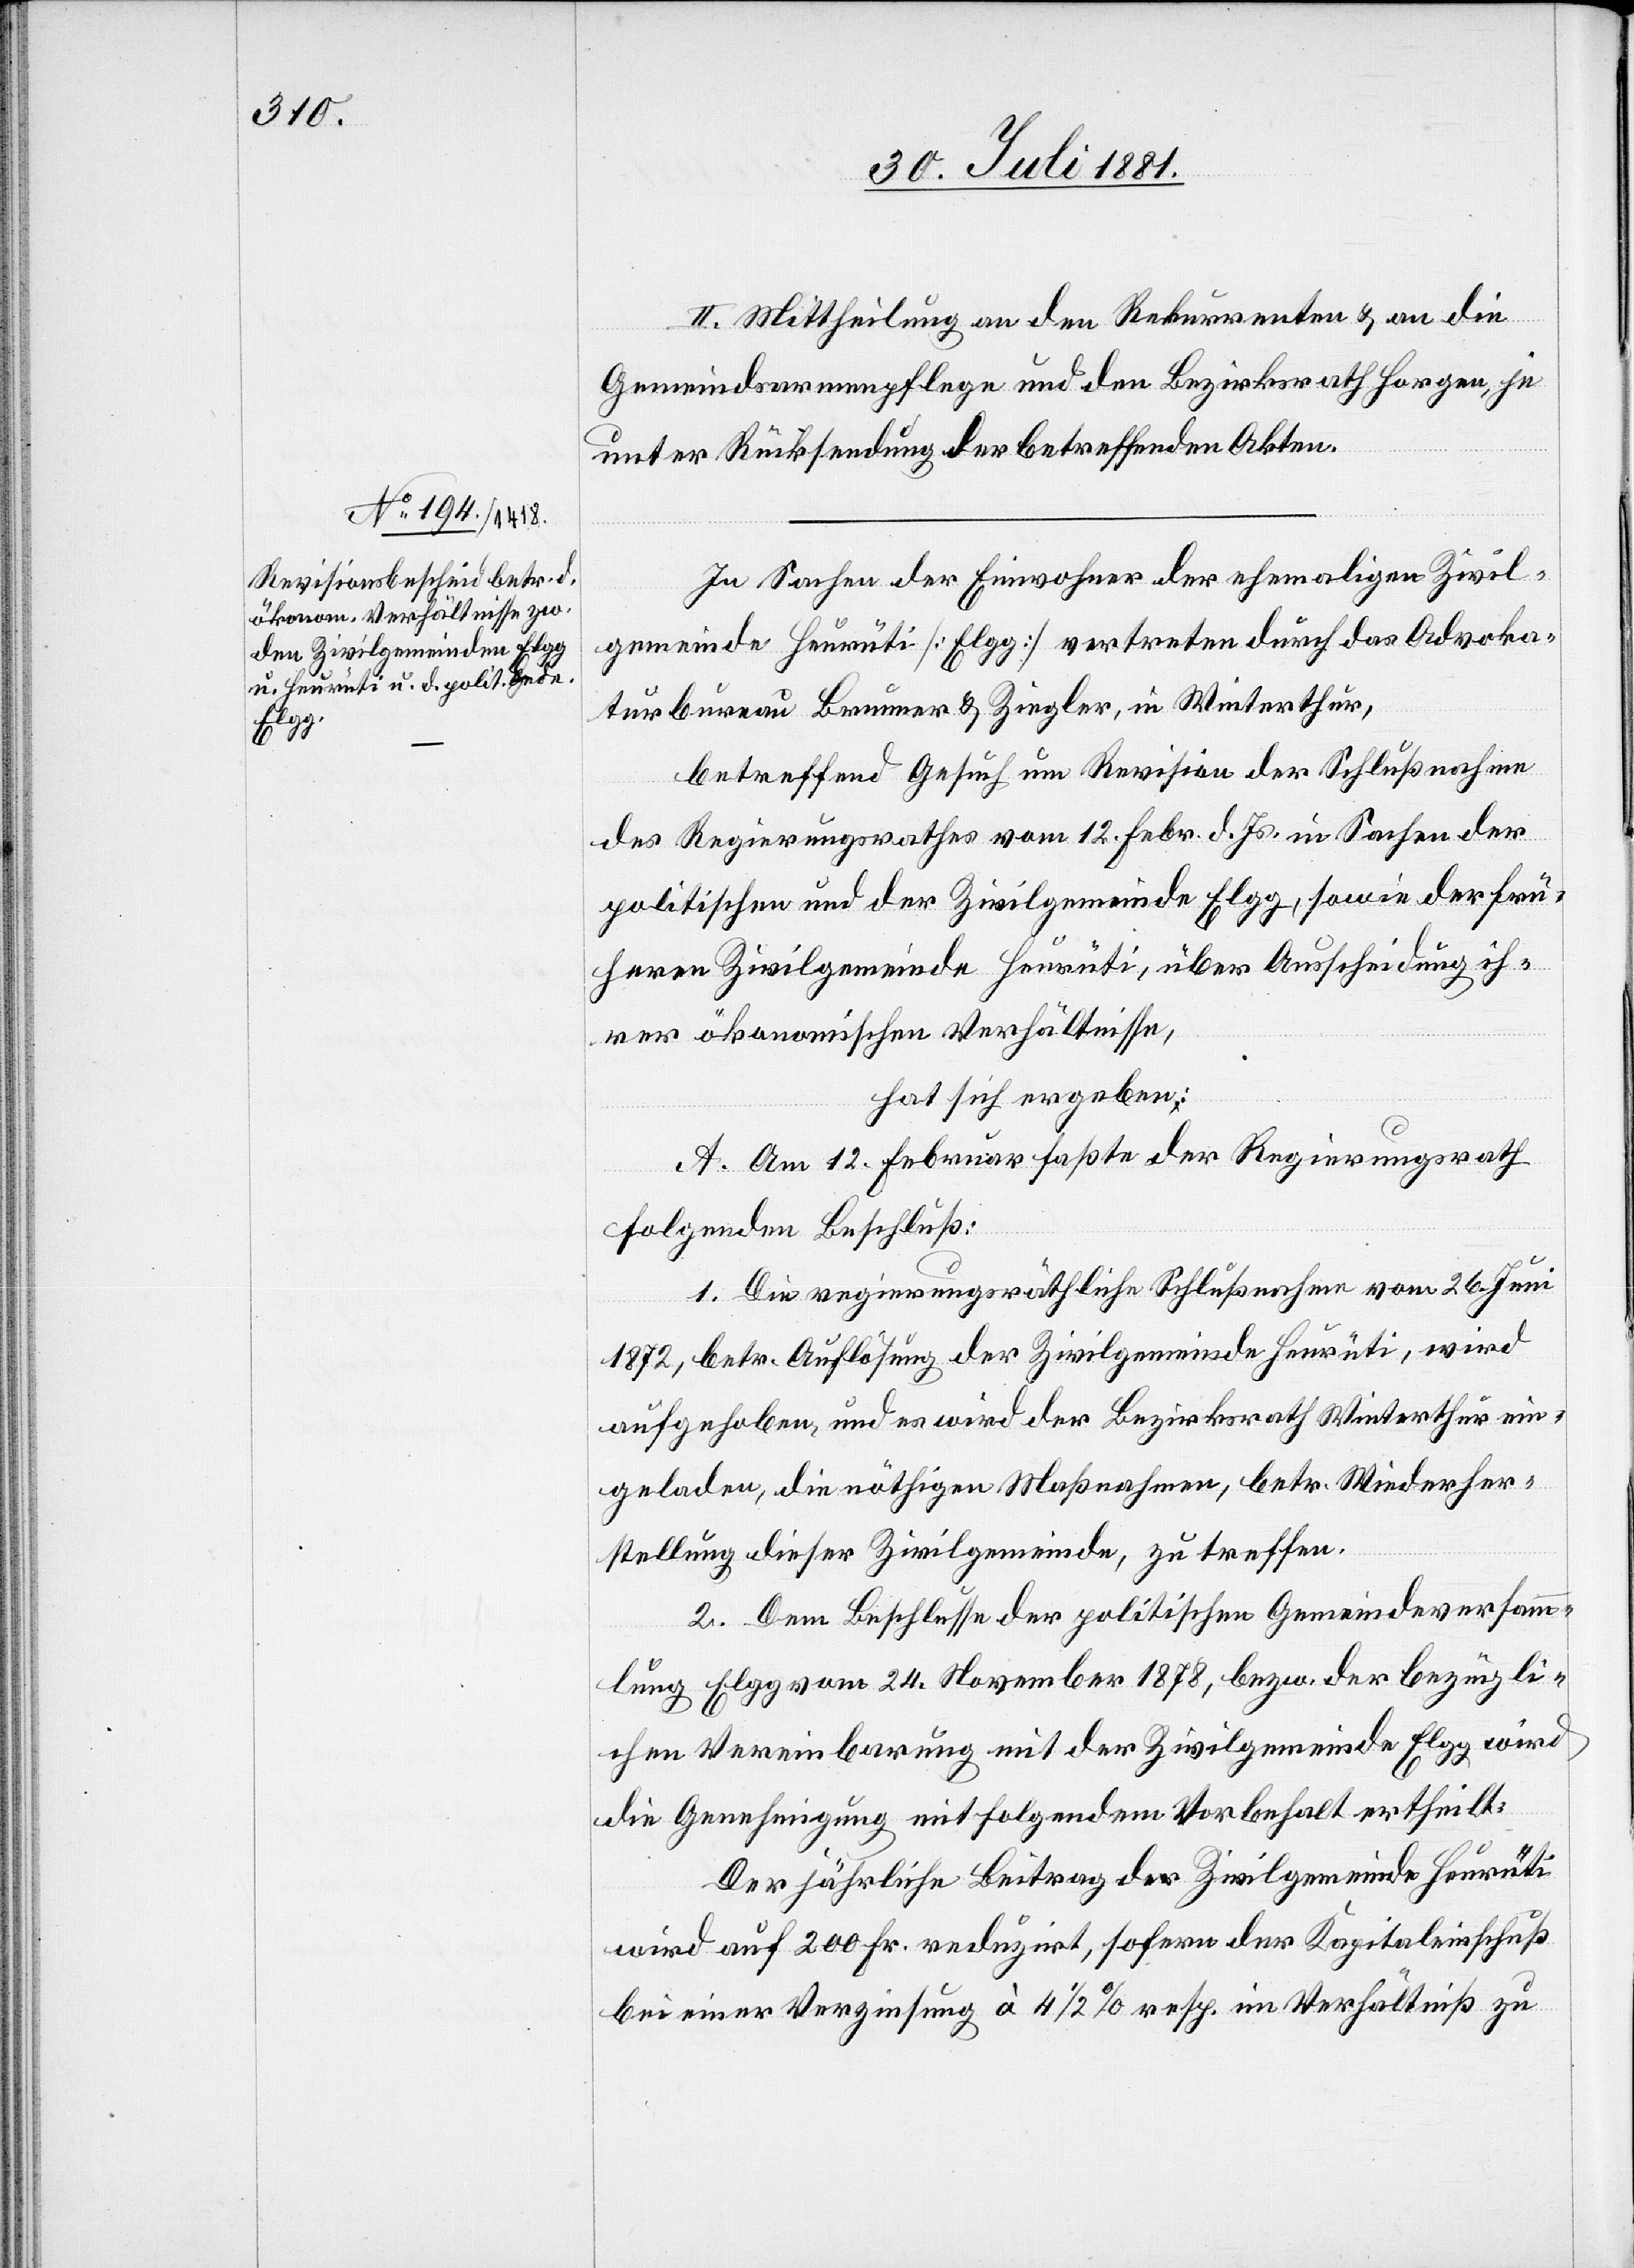
II. Mittheilung an den Rekurrenten & an die
Gemeindsarmenpflege und den Bezirksrath Horgen, je
unter Rücksendung der betreffenden Akten.
In Sachen der Einwohner der ehemaligen Zivil¬
gemeinde Heurüti [Elgg] vertreten durch das Advoka¬
tenbureau Brunner & Ziegler, in Winterthur,
betreffend Gesuch um Revision der Schlußnahme
des Regierungsrathes vom 12. Febr. d. Js. in Sachen der
politischen und der Zivilgemeinde Elgg, sowie der frü¬
heren Zivilgemeinde Heurüti, über Ausscheidung ih¬
rer ökonomischen Verhältnisse,
hat sich ergeben:
A. Am 12. Februar faßte der Regierungsrath
folgenden Beschluß:
1. Die regierungsräthliche Schlußnahme vom 26. Juni
1872, betr. Auflösung der Zivilgemeinde Heurüti, wird
aufgehoben, und es wird der Bezirksrath Winterthur ein¬
geladen, die nöthigen Maßnahmen, betr. Wiederher¬
stellung dieser Zivilgemeinde, zu treffen.
2. Dem Beschlusse der politischen Gemeindeversamm¬
lung Elgg vom 24. November 1878, bezw. der bezügli¬
chen Vereinbarung mit der Zivilgemeinde Elgg wird
die Genehmigung mit folgendem Vorbehalt ertheilt:
Der jährliche Beitrag der Zivilgemeinde Heurüti
wird auf 200 Fr. reduzirt, sofern der Kapitaleinschuß
bei einer Verzinsung à 4 1/2% resp. im Verhältniß zu